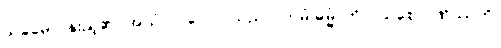
သုခုမော၊ နူးညံ့၏။ အယံ ပုဂ္ဂလော၊ သည်။ (ဣမံ ဓမ္မံ၊ ကို။) သစေ ဂဏှိဿတိ၊